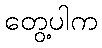
တွေ့ပါက